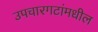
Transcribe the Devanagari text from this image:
उपचारगटांमधील